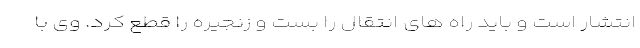
انتشار است و باید راه های انتقال را بست و زنجیره را قطع کرد. وی با